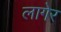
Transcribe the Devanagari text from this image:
लागेर